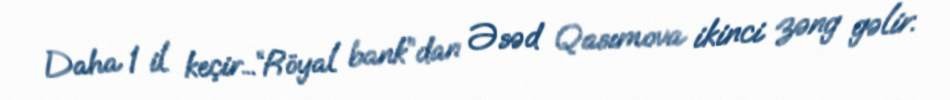
Daha 1 il keçir...“Röyal bank”dan Əsəd Qasımova ikinci zəng gəlir.